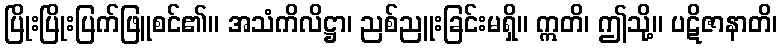
ပြိုးပြိုးပြက်ဖြူစင်၏။ အသံကိလိဋ္ဌာ၊ ညစ်ညူးခြင်းမရှိ။ ဣတိ၊ ဤသို့။ ပဋိဇာနာတိ၊